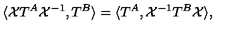
\langle { \cal X } T ^ { A } { \cal X } ^ { - 1 } , T ^ { B } \rangle = \langle T ^ { A } , { \cal X } ^ { - 1 } T ^ { B } { \cal X } \rangle ,